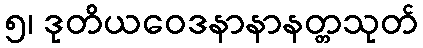
၅၊ ဒုတိယဝေဒနာနာနတ္တသုတ်